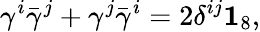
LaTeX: \gamma^{i}\bar{\gamma}^{j}+\gamma^{j}\bar{\gamma}^{i}=2\delta^{ij}{\mathbf 1}_{8},